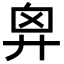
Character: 𢍄